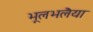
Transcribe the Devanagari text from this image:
भूलभलैया